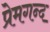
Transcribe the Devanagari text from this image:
प्रेमगन्द